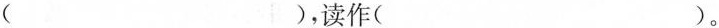
( )，读作( )。